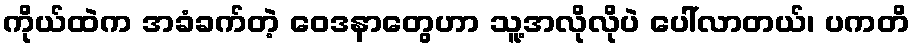
ကိုယ်ထဲက အခံခက်တဲ့ ဝေဒနာတွေဟာ သူ့အလိုလိုပဲ ပေါ်လာတယ်၊ ပကတိ